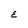
Character: E